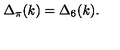
\Delta _ { \pi } ( k ) = \Delta _ { 6 } ( k ) .